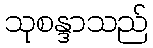
သုစန္ဒာသည်